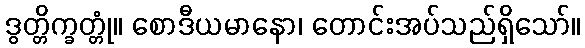
ဒွတ္တိက္ခတ္တုံ။ စောဒီယမာနော၊ တောင်းအပ်သည်ရှိသော်။